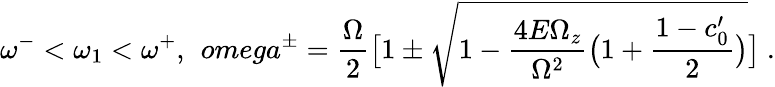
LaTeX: \omega^{-}<\omega_{1}<\omega^{+},\ \, omega^{\pm}=\frac{\Omega}{2}\bigl[1\pm\sqrt{1-\frac{4E\Omega_{z}}{\Omega^{2}}\bigl(1+\frac{1-c_{0}^{\prime}}{2}\bigr)}\bigr]\ .